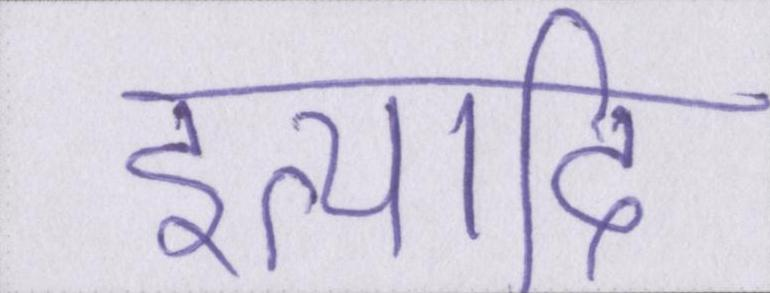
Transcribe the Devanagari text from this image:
इत्यादि